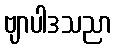
ဗျာပါဒသညာ